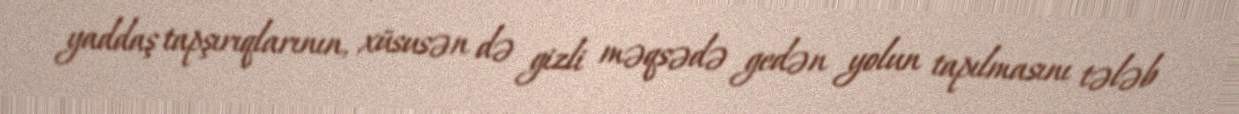
yaddaş tapşırıqlarının, xüsusən də gizli məqsədə gedən yolun tapılmasını tələb